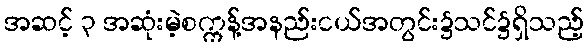
အဆင့် ၃ အဆုံးမဲ့စက္ကန့်အနည်းငယ်အတွင်း၌သင်၌ရှိသည့်